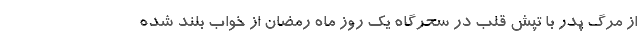
از مرگ پدر با تپش قلب در سحرگاه یک روز ماه رمضان از خواب بلند شده